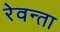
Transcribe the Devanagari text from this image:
रेवन्ता